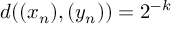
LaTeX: d ( ( x _ { n } ) , ( y _ { n } ) ) = 2 ^ { - k }